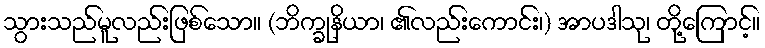
သွားသည်မူလည်းဖြစ်သော။ (ဘိက္ခုနိယာ၊ ၏လည်းကောင်း၊) အာပဒါသု၊ တို့ကြောင့်။